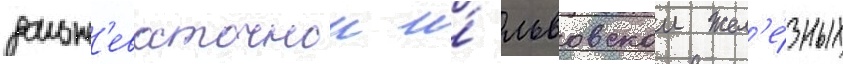
дальн'евосточнои и́ львовскои жел'е́зных